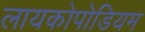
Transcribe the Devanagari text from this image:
लायकोपोडियम